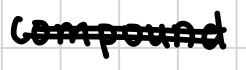
Text: compound
Cross-out: double-line
Writing tool: digital_black